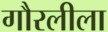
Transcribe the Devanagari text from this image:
गौरलीला